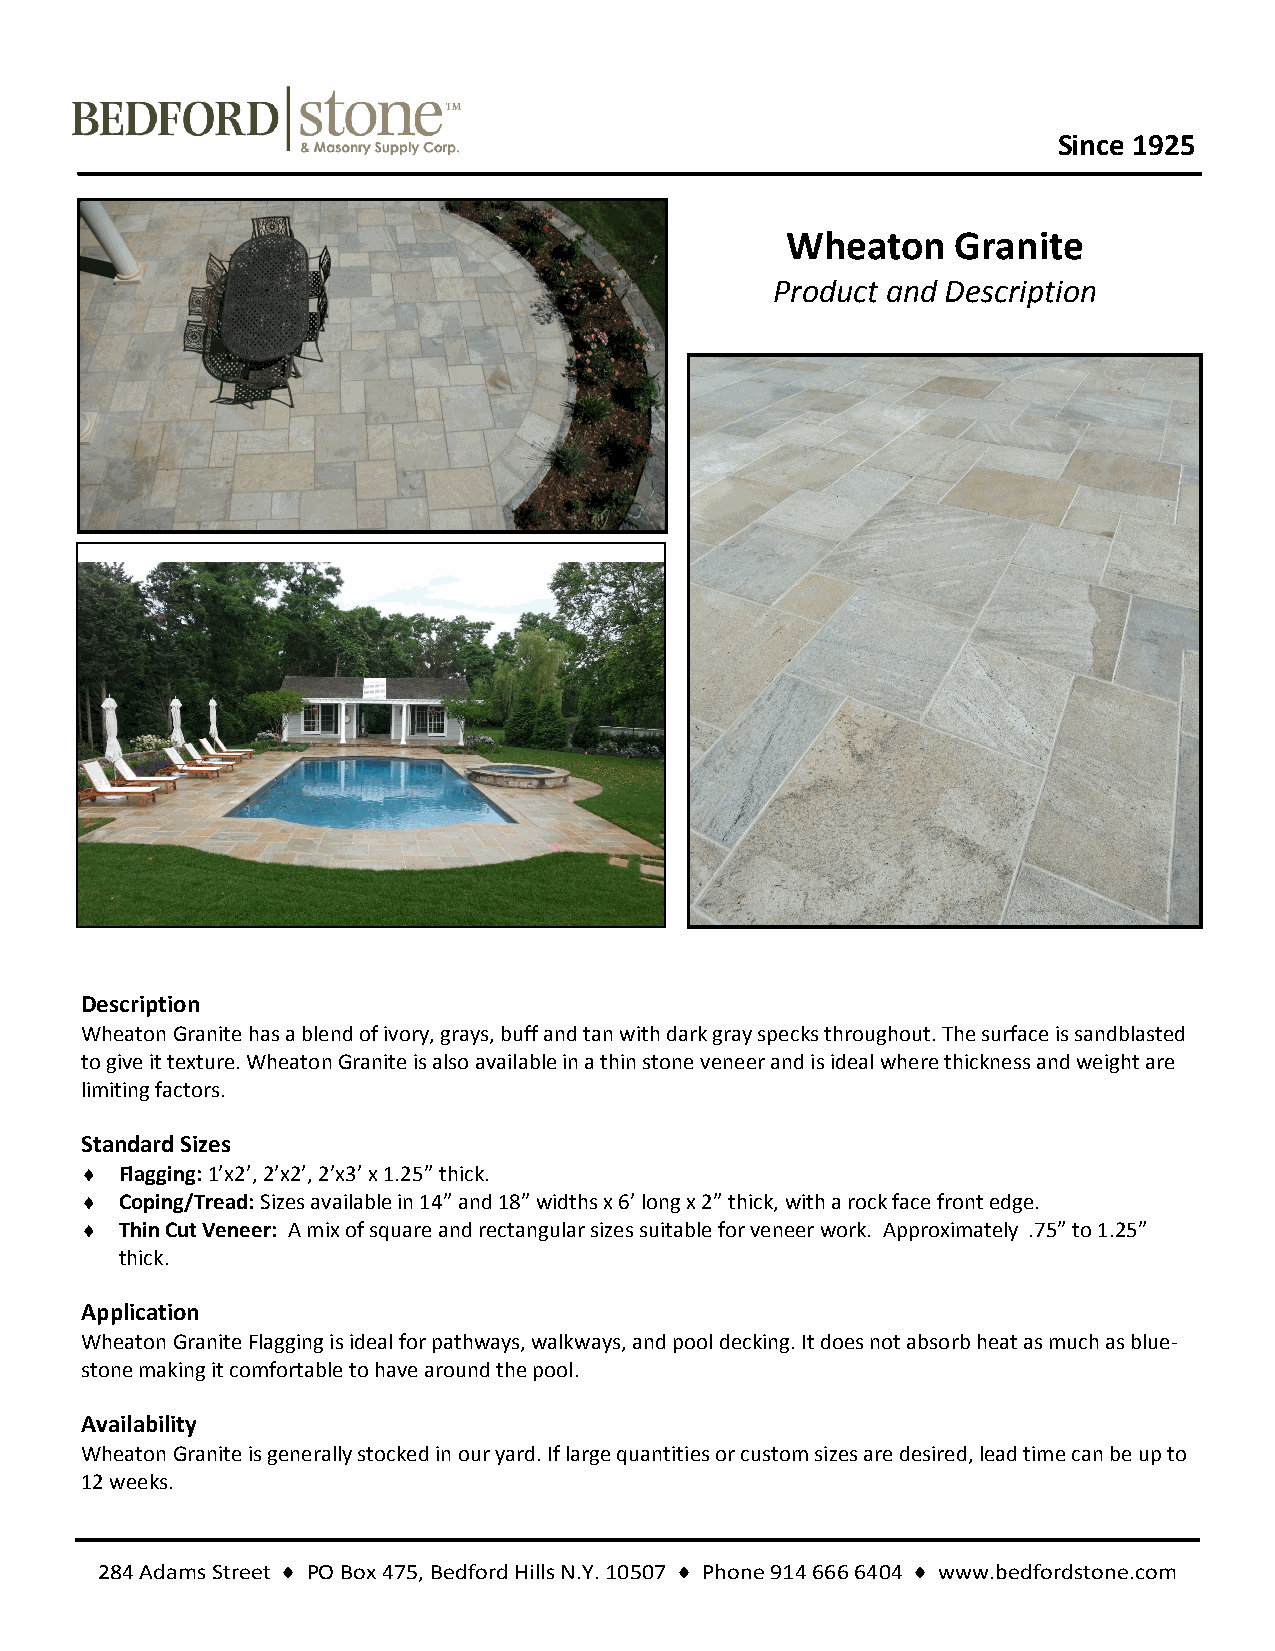
Since 1925
 Wheaton    Granite
 Product and Description
 Description
 Wheaton Granite has a blend of ivory, grays, buff and tan with dark gray specks throughout. The surface is sandblasted
 to give it texture. Wheaton Granite is also available in a thin stone veneer and is ideal where thickness and weight are
 limiting factors.
 Standard Sizes
   Flagging: 1’x2’, 2’x2’, 2’x3’ x 1.25” thick.
   Coping/Tread: Sizes available in 14” and 18” widths x 6’ long x 2” thick, with a rock face front edge.
   Thin Cut Veneer: A mix of square and rectangular sizes suitable for veneer work. Approximately .75” to 1.25”
 thick.
 Application
 Wheaton Granite Flagging is ideal for pathways, walkways, and pool decking. It does not absorb heat as much as blue-
 stone making it comfortable to have around the pool.
 Availability
 Wheaton Granite is generally stocked in our yard. If large quantities or custom sizes are desired, lead time can be up to
 12 weeks.
 284 Adams Street ♦ PO Box 475, Bedford Hills N.Y. 10507 ♦ Phone 914 666 6404 ♦ www.bedfordstone.com